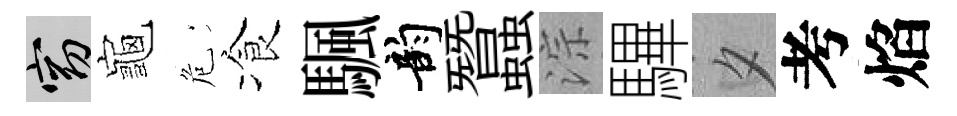
窈龜危飡颿韵蠶淙驆夕考焰